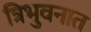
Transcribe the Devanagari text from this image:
त्रिभुवनात